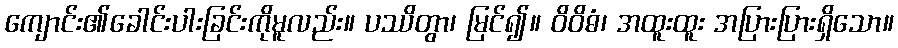
ကျောင်း၏ခေါင်းပါးခြင်းကိုမူလည်း။ ပဿိတွာ၊ မြင်၍။ ဝိဝိဓံ၊ အထူးထူး အပြားပြားရှိသော။